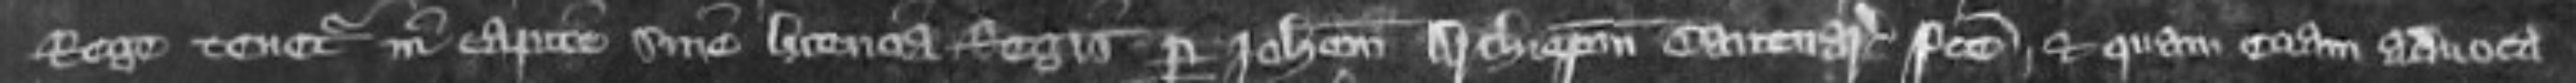
Rege tenetur in capite sine licencia Regis per Johannem Archiepiscopum Cantuarie facte et quam eciam advoca